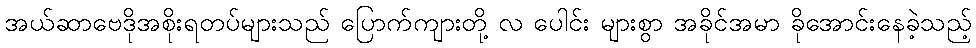
အယ်ဆာဗေဒိုအစိုးရတပ်များသည် ပြောက်ကျားတို့ လ ပေါင်း များစွာ အခိုင်အမာ ခိုအောင်းနေခဲ့သည့်